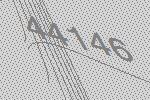
44146